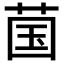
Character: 𬜿